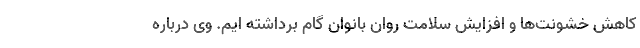
کاهش خشونت‌ها و افزایش سلامت روان بانوان گام برداشته ایم. وی درباره